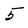
Character: 5